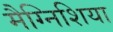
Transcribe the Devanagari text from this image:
मैग्निशिया